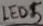
Text: LED5